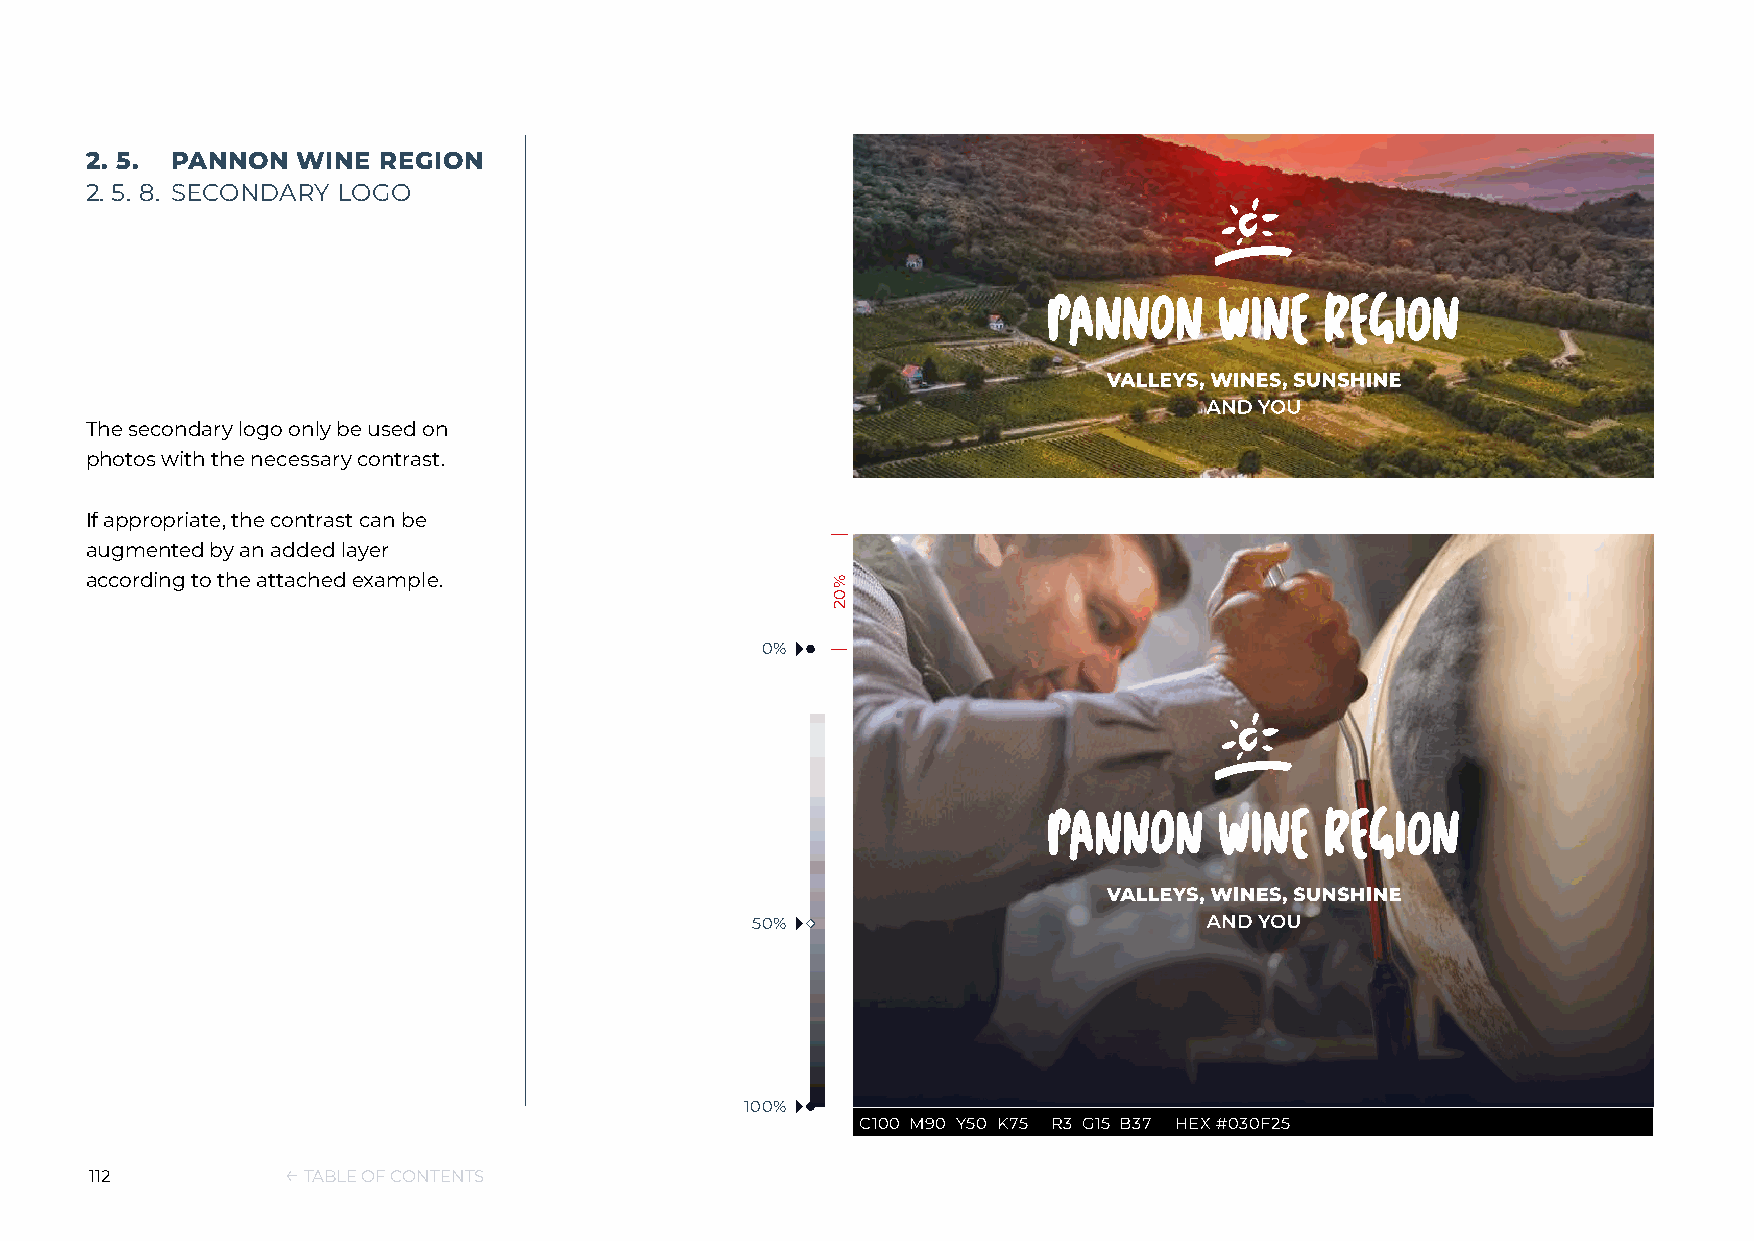
2. 5. PANNON  WINE REGION
 2. 5. 8. SECONDARY LOGO
 The secondary logo only be used on
 photos with the necessary contrast.
 If appropriate, the contrast can be
 augmented by an added layer
 according to the attached example.
 0%
 50%
 100%
 C100 M90 Y50 K75 R3 G15 B37 HEX #030F25
 112          ← TABLE OF CONTENTS
 %02